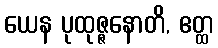
ယေန ပုထုဇ္ဇနောတိ, ဧတ္ထ